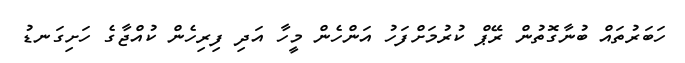
ހަބަރުތައް ބުނާގޮތުން ރޭޕް ކުރުމަށްފަހު އަންހެން މީހާ އަދި ފިރިހެން ކުއްޖާގެ ހަށިގަނޑު